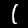
Digit: 1